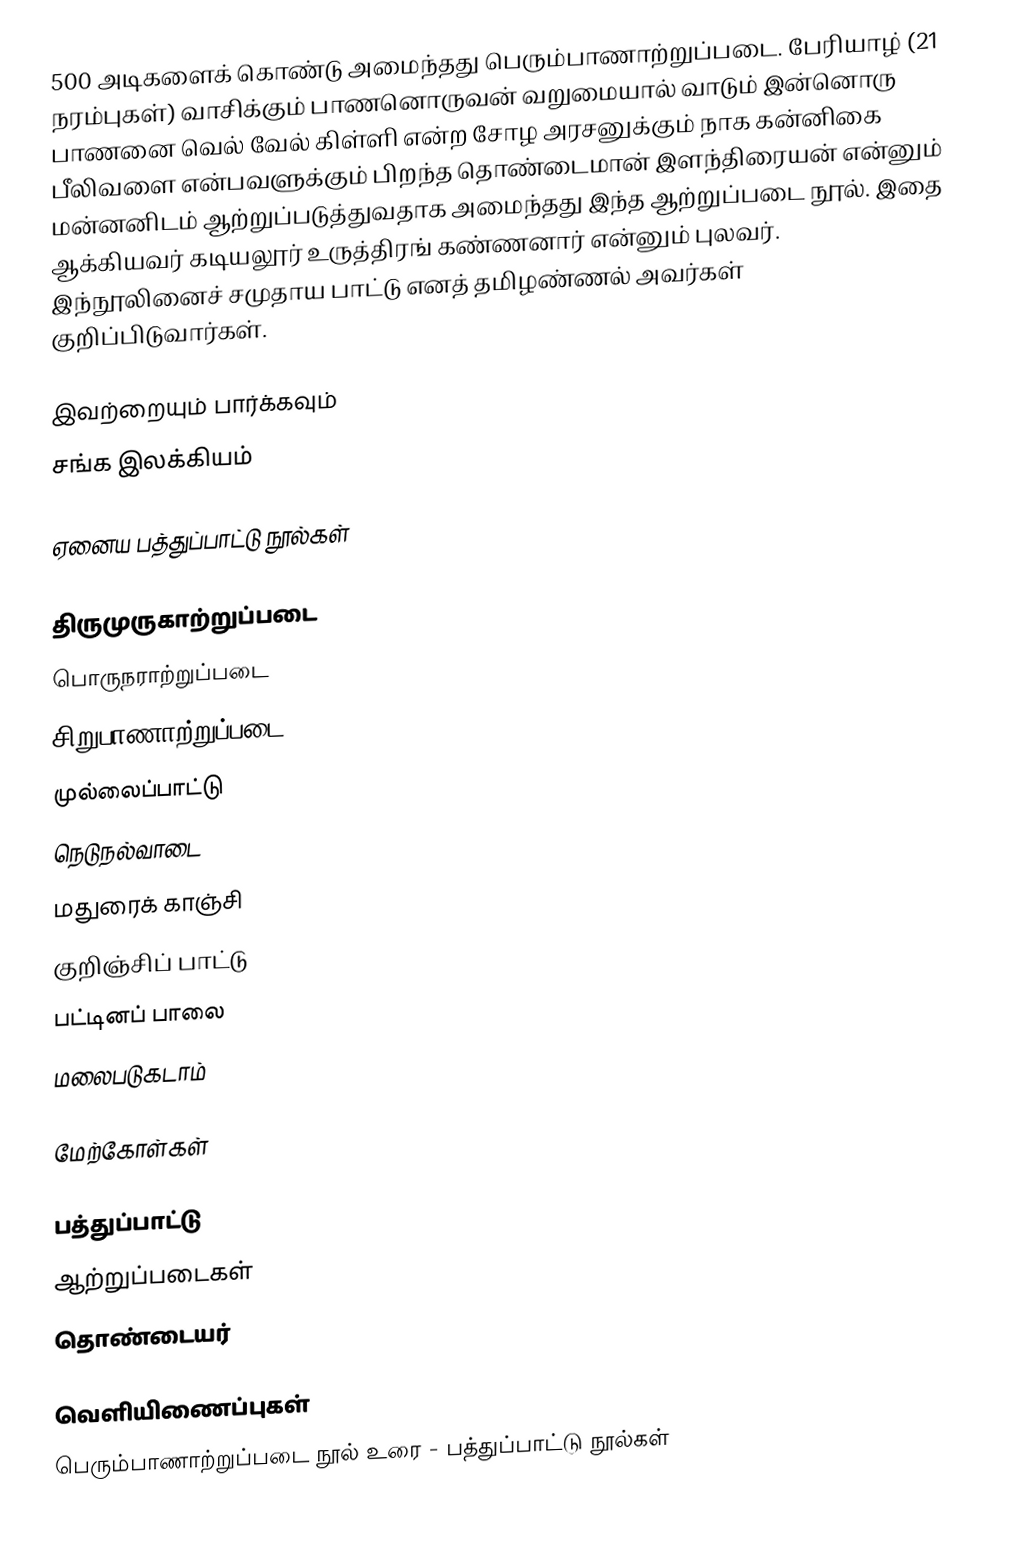
500 அடிகளைக் கொண்டு அமைந்தது பெரும்பாணாற்றுப்படை. பேரியாழ் (21 நரம்புகள்) வாசிக்கும் பாணனொருவன் வறுமையால் வாடும் இன்னொரு பாணனை வெல் வேல் கிள்ளி என்ற சோழ அரசனுக்கும்  நாக கன்னிகை பீலிவளை என்பவளுக்கும் பிறந்த தொண்டைமான் இளந்திரையன் என்னும் மன்னனிடம் ஆற்றுப்படுத்துவதாக அமைந்தது இந்த ஆற்றுப்படை நூல். இதை ஆக்கியவர் கடியலூர் உருத்திரங் கண்ணனார் என்னும் புலவர். இந்நூலினைச் சமுதாய பாட்டு எனத் தமிழண்ணல் அவர்கள் குறிப்பிடுவார்கள்.

இவற்றையும் பார்க்கவும்
 சங்க இலக்கியம்

ஏனைய பத்துப்பாட்டு நூல்கள்

 திருமுருகாற்றுப்படை
 பொருநராற்றுப்படை
 சிறுபாணாற்றுப்படை
 முல்லைப்பாட்டு
 நெடுநல்வாடை
 மதுரைக் காஞ்சி
 குறிஞ்சிப் பாட்டு
 பட்டினப் பாலை
 மலைபடுகடாம்

மேற்கோள்கள்

பத்துப்பாட்டு
ஆற்றுப்படைகள்
தொண்டையர்

வெளியிணைப்புகள்
பெரும்பாணாற்றுப்படை நூல் உரை - பத்துப்பாட்டு நூல்கள்